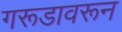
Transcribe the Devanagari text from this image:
गरूडावरून